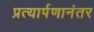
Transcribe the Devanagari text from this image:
प्रत्यार्पणानंतर